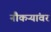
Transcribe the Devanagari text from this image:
नौकऱ्यांवर